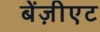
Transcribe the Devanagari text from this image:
बेंज़ीएट